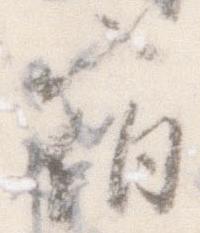
宿